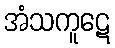
အံသကူဋေ